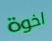
اخوة